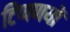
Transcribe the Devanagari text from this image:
टिप्पणयों